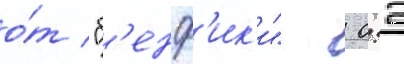
о́т "б'енф'ик'и"  0:2